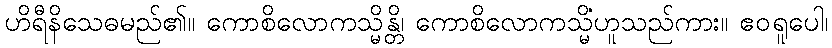
ဟိရီနိသေဓမည်၏။ ကောစိလောကသ္မိန္တိ၊ ကောစိလောကသ္မိံဟူသည်ကား။ ဧဝရူပေါ၊